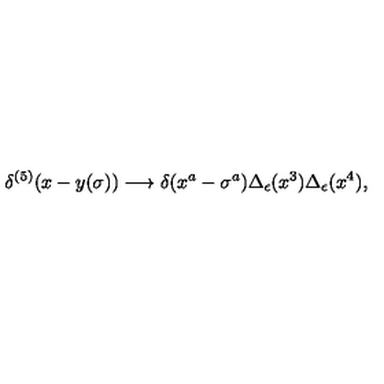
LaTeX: \delta ^ { ( 5 ) } ( x - y ( \sigma ) ) \longrightarrow \delta ( x ^ { a } - \sigma ^ { a } ) \Delta _ { \epsilon } ( x ^ { 3 } ) \Delta _ { \epsilon } ( x ^ { 4 } ) ,